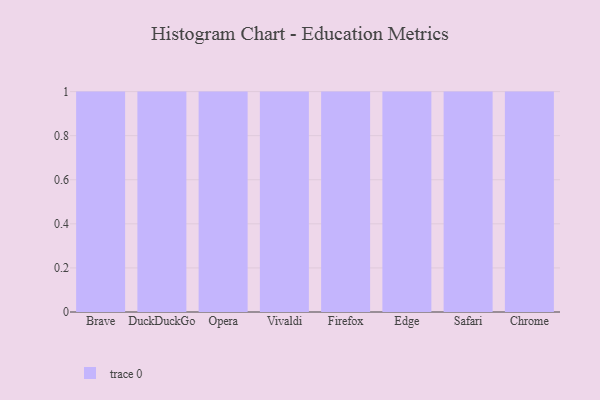
{"axis": {"x": "Browser", "y": "Revenue (USD Million)"}, "legend": [""], "data": [{"x": "Brave", "y": 36, "type": ""}, {"x": "DuckDuckGo", "y": 33, "type": ""}, {"x": "Opera", "y": 99, "type": ""}, {"x": "Vivaldi", "y": 67, "type": ""}, {"x": "Firefox", "y": 60, "type": ""}, {"x": "Edge", "y": 95, "type": ""}, {"x": "Safari", "y": 85, "type": ""}, {"x": "Chrome", "y": 56, "type": ""}]}